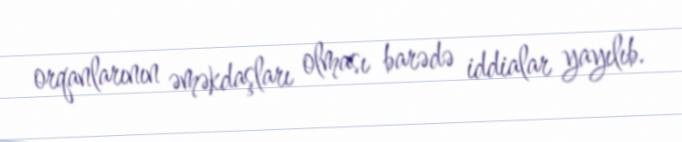
orqanlarının əməkdaşları olması barədə iddialar yayılıb.